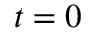
t = 0